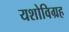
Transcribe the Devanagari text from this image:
यशोविग्रह